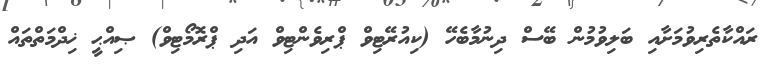
ރައްކާތެރިވުމަށާއި ބަލިވުމުން ބޭސް ދިނުމާބެހޭ (ކިއުރޭޓިވް ޕްރިވެންޓިވް އަދި ޕްރޮމޯޓިވް) ޞިއްޙީ ޚިދްމަތްތައް